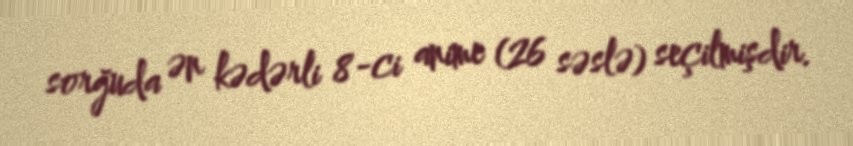
sorğuda ən kədərli 8-ci anime (26 səslə) seçilmişdir.